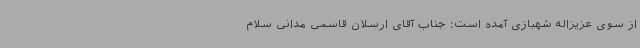
از سوی عزیزاله شهبازی آمده است: جناب آقای ارسلان قاسمی مدانی سلام